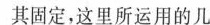
其固定，这里所运用的几何